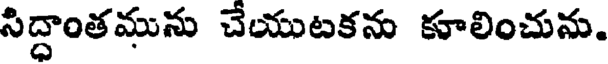
సిద్ధాంతమును చేయుటకను కూలించును.